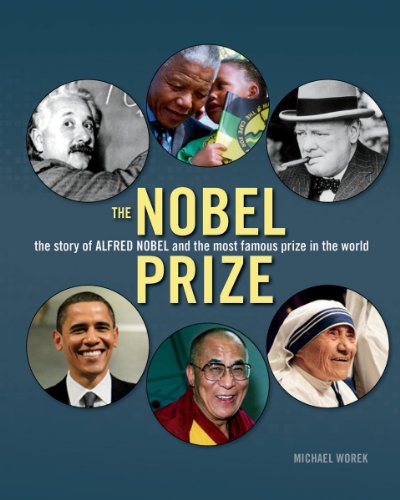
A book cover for The Nobel Prize: The Story of Alfred Nobel and the Most Famous Prize in the World; Michael Worek; Children's Books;